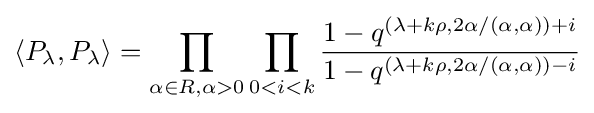
\langle P_{\lambda },P_{\lambda }\rangle =\prod _{\alpha \in R,\alpha >0}\prod _{0<i<k}{1-q^{(\lambda +k\rho ,2\alpha /(\alpha ,\alpha ))+i} \over 1-q^{(\lambda +k\rho ,2\alpha /(\alpha ,\alpha ))-i}}